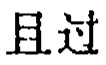
且过